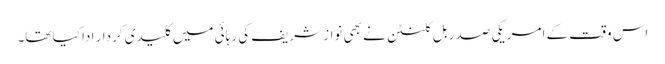
اس وقت کے امریکی صدر بل کلنٹن نے بھی نواز شریف کی رہائی میں کلیدی کردار ادا کیا تھا۔